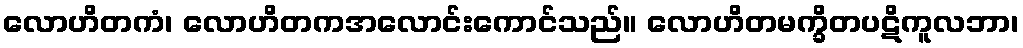
လောဟိတကံ၊ လောဟိတကအလောင်းကောင်သည်။ လောဟိတမက္ခိတပဋိကူလဘာ၊